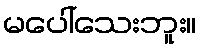
မပေါ်သေးဘူး။